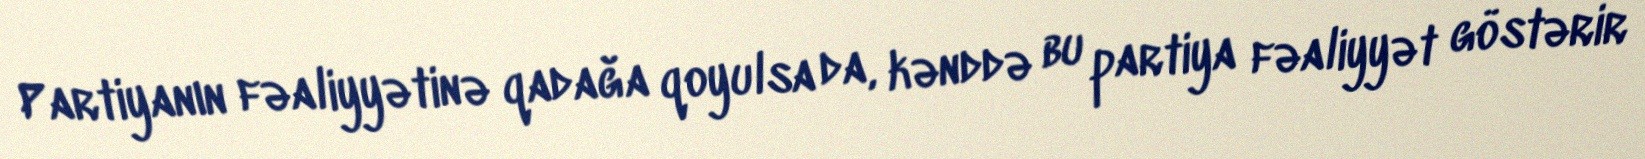
Partiyanın fəaliyyətinə qadağa qoyulsa da, kənddə bu partiya fəaliyyət göstərir